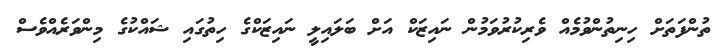
ތުންފަތަށް ހިނިތުންވުމެއް ވެރިކުރުވަމުން ނައިޒަކް އަށް ބަލައިލީ ނައިޒަކްގެ ހިތުގައި ޝައްކުގެ މިންވަރެއްވެސް